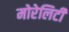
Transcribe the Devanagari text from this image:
मोरेलिटी